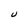
Character: U